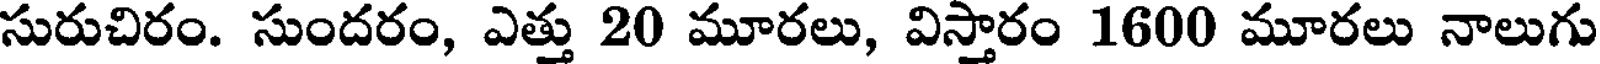
సురుచిరం. సుందరం, ఎత్తు 20 మూరలు, విస్తారం 1600 మూరలు నాలుగు